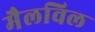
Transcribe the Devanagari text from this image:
मैलविल